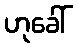
ဟုခေါ်